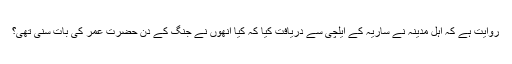
روایت ہے کہ اہل مدینہ نے ساریہ کے ایلچی سے دریافت کیا کہ کیا انھوں نے جنگ کے دن حضرت عمر کی بات سنی تھی؟